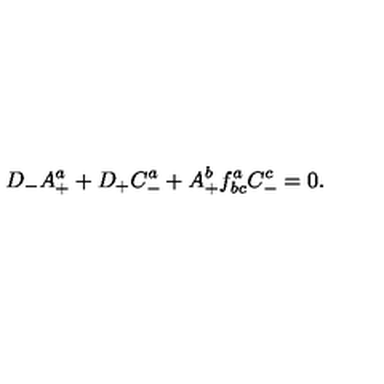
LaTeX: D _ { - } A _ { + } ^ { a } + D _ { + } C _ { - } ^ { a } + A _ { + } ^ { b } f _ { b c } ^ { a } C _ { - } ^ { c } = 0 .